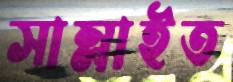
সাম্‌লাইত